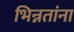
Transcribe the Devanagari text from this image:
भिन्नतांना